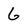
Character: 6